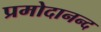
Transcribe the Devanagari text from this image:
प्रमोदानन्द